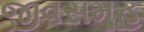
જીવસમૂહ